Report on lock hospitals in British Burma
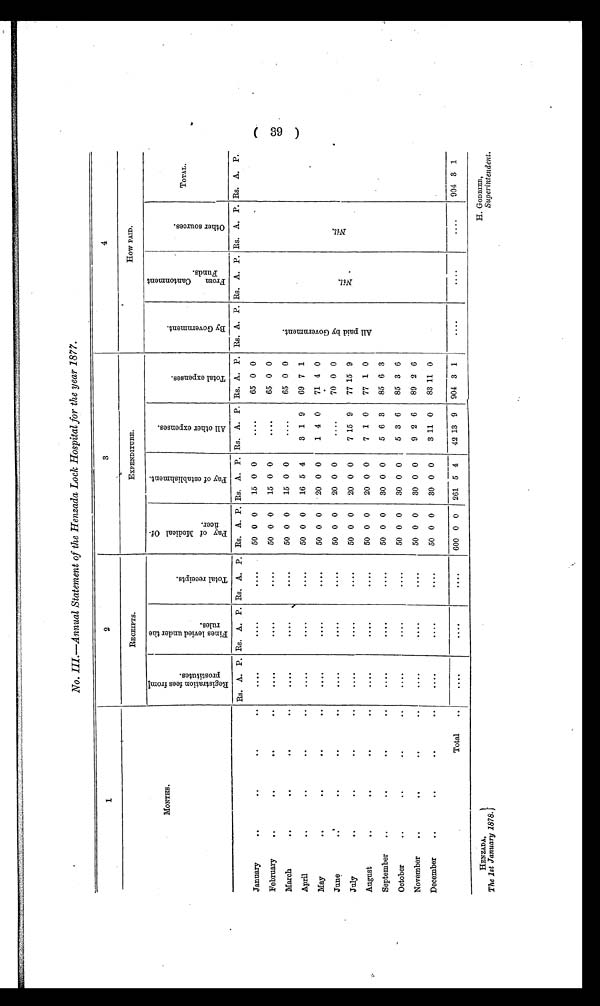
HENZADA,
The 1st January 1878.
H. GODBIER,
Superintendent.
No. III.—Annual Statement of the Henzada Lock Hospital for the year 1877.
1
2
3
4
MONTHS.
RECEIPTS.
EXPENDITURE.
HOW PAID.
R e g i s t r a t i o n f e e s f r o m
p r o s t i t u t e s .
F i n e s l e v i e d u n d e r t h e
r u l e s .
T o t a l r e c e i p t s .
P a y o f M e d i c a l O f -
f i c e r .
P a y o f e s t a b l i s h m e n t .
A l l o t h e r e x p e n s e s .
T o t a l e x p e n s e s .
B y G o v e r n m e n t .
F r o m C a n t o n m e n t
F u n d s .
O t h e r s o u r c e s .
TOTAL.
Rs. A. P. Rs. A. P. Rs. A. P. Rs. A. P. Rs. A. P. Rs. A. P. Rs. A. P. Rs. A. P. Rs. A. P. Es. A. P. Es. A. P.
January
. .
. .
. .
..
. . . .
. . . .
. . . .
50 0 0
15 0 0
....
65 0 0
A l l P a i d b y G o v e r n m e n t .
N i l .
N i l
February
. .
. .
. .
..
. . . .
. . . .
. . . .
50 0 0
15 0 0
. . . .
65 0 0
March
. .
..
..
..
. . . .
....
. . . .
50 0 0
15 0 0
....
65 0 0
April
. .
. .
. .
. .
. . . .
....
....
50 0 0
16 5 4
3 1 9
69 7 1
May
..
. .
. .
..
. . . .
. . . .
. . . .
50 0 0
20 0 0
1 4 0
71 4 0
June
. .
..
. .
. .
. . . .
....
. . . .
50 0 0
20 0 0
....
70 0 0
July
. .
..
..
. .
....
....
....
50 0 0
20 0 0
7 15 9
77 15 9
August
..
. .
..
..
....
....
. . . .
50 0 0
20 0 0
7 1 0
77 1 0
September
..
..
. .
..
....
. . . .
....
50 0 0
30 0 0
5 6 3
85 6 3
October
..
..
..
..
. . . .
. . . .
. . . .
50 0 0
30 0 0
5 3 6
85 3 6
November
. .
. .
. .
..
. . . .
....
....
50 0 0
30 0 0
9 2 6
89 2 6
December
. .
..
..
..
....
....
. . . .
50 0 0
30 0 0
3 11 0
83 11 0
Total
..
....
....
....
600 0 0
261 5 4
42 13 9
904 3 1
. . . .
. . . .
....
904 3 1
(39)